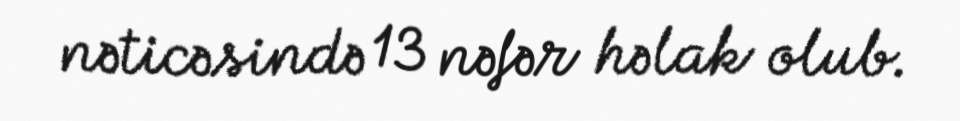
nəticəsində 13 nəfər həlak olub.